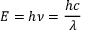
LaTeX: E = h \nu = { \frac { h c } { \lambda } }